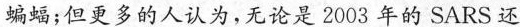
蝙蝠；但更多的人认为，无论是2003年的SARS还